Anatomy and histology of ticks - Number 23
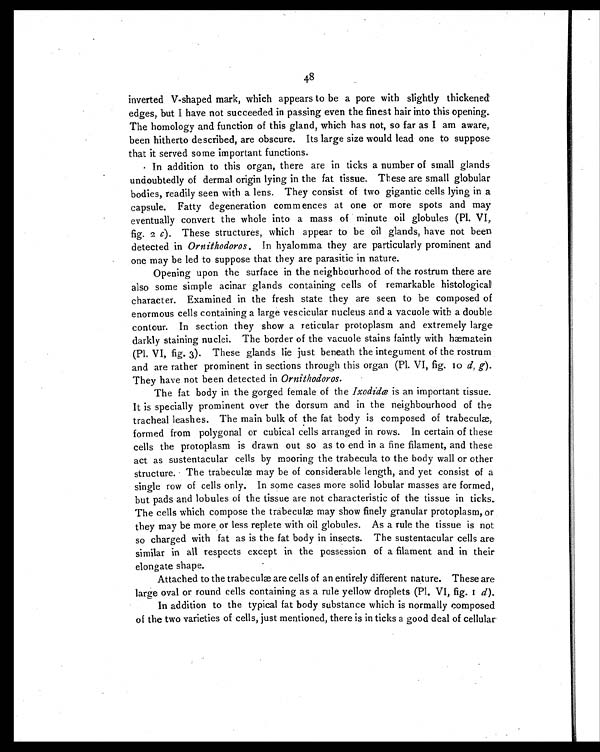
48
inverted V-shaped mark, which appears to be a pore with slightly thickened
edges, but I have not succeeded in passing even the finest hair into this opening.
The homology and function of this gland, which has not, so far as I am aware,
been hitherto described, are obscure. Its large size would lead one to suppose
that it served some important functions.
In addition to this organ, there are in ticks a number of small glands
undoubtedly of dermal origin lying in the fat tissue. These are small globular
bodies, readily seen with a lens. They consist of two gigantic cells lying in a
capsule. Fatty degeneration commences at one or more spots and may
eventually convert the whole into a mass of minute oil globules (Pl. VI,
fig. 2 c ). These structures, which appear to be oil glands, have not been
detected in Ornithodoros. In hyalomma they are particularly prominent and
one may be led to suppose that they are parasitic in nature.
Opening upon the surface in the neighbourhood of the rostrum there are
also some simple acinar glands containing cells of remarkable histological
character. Examined in the fresh state they are seen to be composed of
enormous cells containing a large vescicular nucleus and a vacuole with a double
contour. In section they show a reticular protoplasm and extremely large
darkly staining nuclei. The border of the vacuole stains faintly with hæmatein
(Pl. VI, fig. 3). These glands lie just beneath the integument of the rostrum
and are rather prominent in sections through this organ (Pl. VI, fig. 10 d, g).
They have not been detected in Ornithodoros.
The fat body in the gorged female of the Ixodidæ is an important tissue.
It is specially prominent over the dorsum and in the neighbourhood of the
tracheal leashes. The main bulk of the fat body is composed of trabeculæ,
formed from polygonal or cubical cells arranged in rows. In certain of these
cells the protoplasm is drawn out so as to end in a fine filament, and these
act as sustentacular cells by mooring the trabecula to the body wall or other
structure. The trabeculæ may be of considerable length, and yet consist of a
single row of cells only. In some cases more solid lobular masses are formed,
but pads and lobules of the tissue are not characteristic of the tissue in ticks.
The cells which compose the trabeculæ may show finely granular protoplasm, or
they may be more or less replete with oil globules. As a rule the tissue is not
so charged with fat as is the fat body in insects. The sustentacular cells are
similar in all respects except in the possession of a filament and in their
elongate shape.
Attached to the trabeculæ are cells of an entirely different nature. These are
large oval or round cells containing as a rule yellow droplets (Pl. VI, fig. 1 d ) .
In addition to the typical fat body substance which is normally composed
of the two varieties of cells, just mentioned, there is in ticks a good deal of cellular